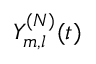
Y _ { m , l } ^ { ( N ) } ( t )